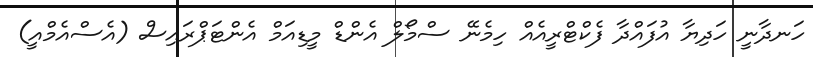
ހަނދާނީ ހަދިޔާ އުފައްދާ ފެކްޓްރީއެއް ހިމެނޭ ސްމޯލް އެންޑް މީޑިއަމް އެންޓަޕްރައިސް (އެސްއެމްއީ)